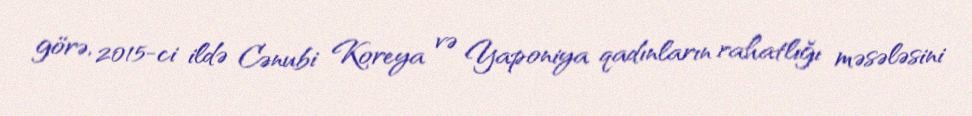
görə, 2015-ci ildə Cənubi Koreya və Yaponiya qadınların rahatlığı məsələsini